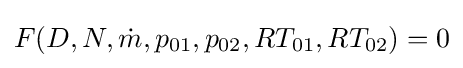
F(D,N,{\dot {m}},p_{01},p_{02},RT_{01},RT_{02})=0